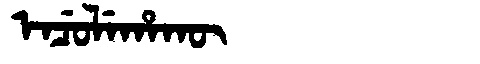
Manchu: ᡝᠨᠴᡠᠯᡝᡥᠠᡴᡡ
Romanization: ENCULEHAKŪ